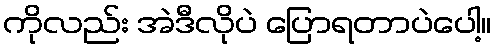
ကိုလည်း အဲဒီလိုပဲ ပြောရတာပဲပေါ့။